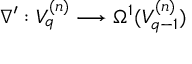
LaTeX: \nabla ^ { \prime } : V _ { q } ^ { ( n ) } \longrightarrow \Omega ^ { 1 } ( V _ { q - 1 } ^ { ( n ) } )